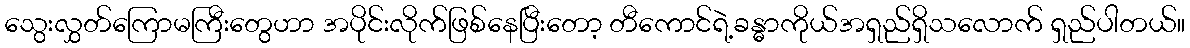
သွေးလွှတ်ကြောမကြီးတွေဟာ အပိုင်းလိုက်ဖြစ်နေပြီးတော့ တီကောင်ရဲ့ခန္ဓာကိုယ်အရှည်ရှိသလောက် ရှည်ပါတယ်။